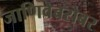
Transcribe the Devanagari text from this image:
जाणिवेबरोबर